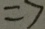
= 7